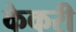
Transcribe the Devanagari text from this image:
केकरी